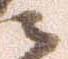
ニ